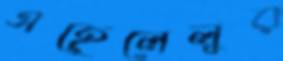
এহেলেলুর